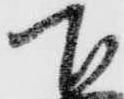
下